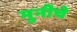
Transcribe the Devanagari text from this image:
मुनीचे